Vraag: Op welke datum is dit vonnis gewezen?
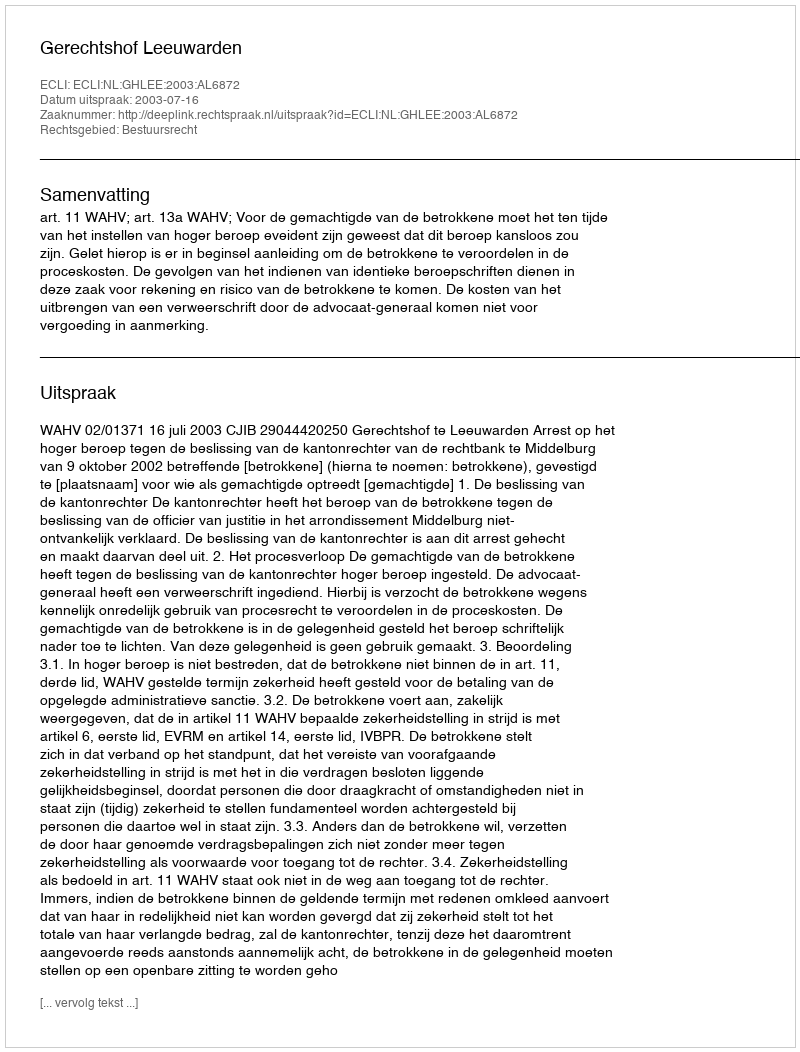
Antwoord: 2003-07-16